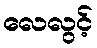
လေလွင့်